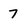
Character: 7